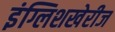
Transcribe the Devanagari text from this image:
इंग्लिशखेरीज